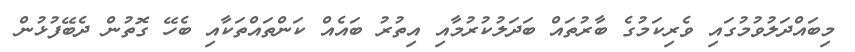
މިބައްދަލުވުމުގައި ވެރިކަމުގެ ބާރުތައް ބަދަލުކުރުމާއި އިތުރު ބައެއް ކަންތައްތަކާއި ބެހޭ ގޮތުން ދެބޭފުޅުން